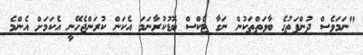
"ނަމަވެސް ދުންފަތުގެ ބާވަތްތަކުން ނަގާ ޓެކްސް ބޮޑުކުރާނަމަ އެކަން ކުރަންޖެހޭނީ އެކަމަށް އެންމެ